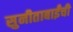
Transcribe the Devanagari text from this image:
सुनीताबाईंची